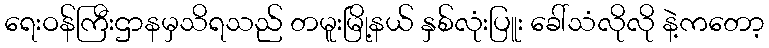
ရေးဝန်ကြီးဌာနမှသိရသည် တမူးမြို့နယ် နှစ်လုံးပြူး ခေါ်သံလိုလို နဲ့ကတော့